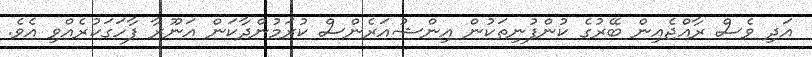
އަދި ވެސް ރާއްޖެއިން ބޭރުގެ ކުންފުނިތަކުން އިންޝުއަރެންސް ކުރަމުންދާކަން އަނޫރާ ފާހަގަކުރެއްވި އެވެ.